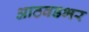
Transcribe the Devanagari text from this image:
आठवडभर